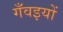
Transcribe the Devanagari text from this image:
गँवइयों